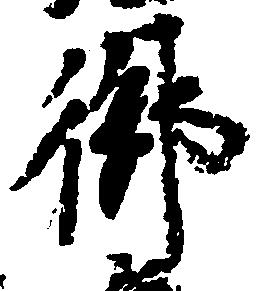
御